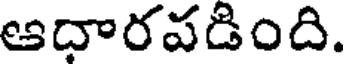
ఆధారవడింది.